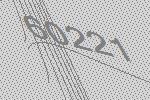
60221